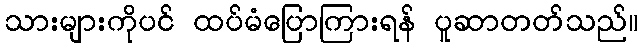
သားများကိုပင် ထပ်မံပြောကြားရန် ပူဆာတတ်သည်။